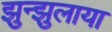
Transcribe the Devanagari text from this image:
झुन्झुलाया